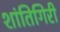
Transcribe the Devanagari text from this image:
शांतिगिरी